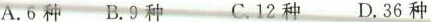
A.6种 B.9种 C.12种 D.36种